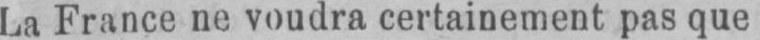
La France ne voudra certainement pas que